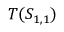
T ( S _ { 1 , 1 } )